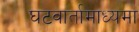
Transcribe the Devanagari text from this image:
घटवार्तामाध्यमा